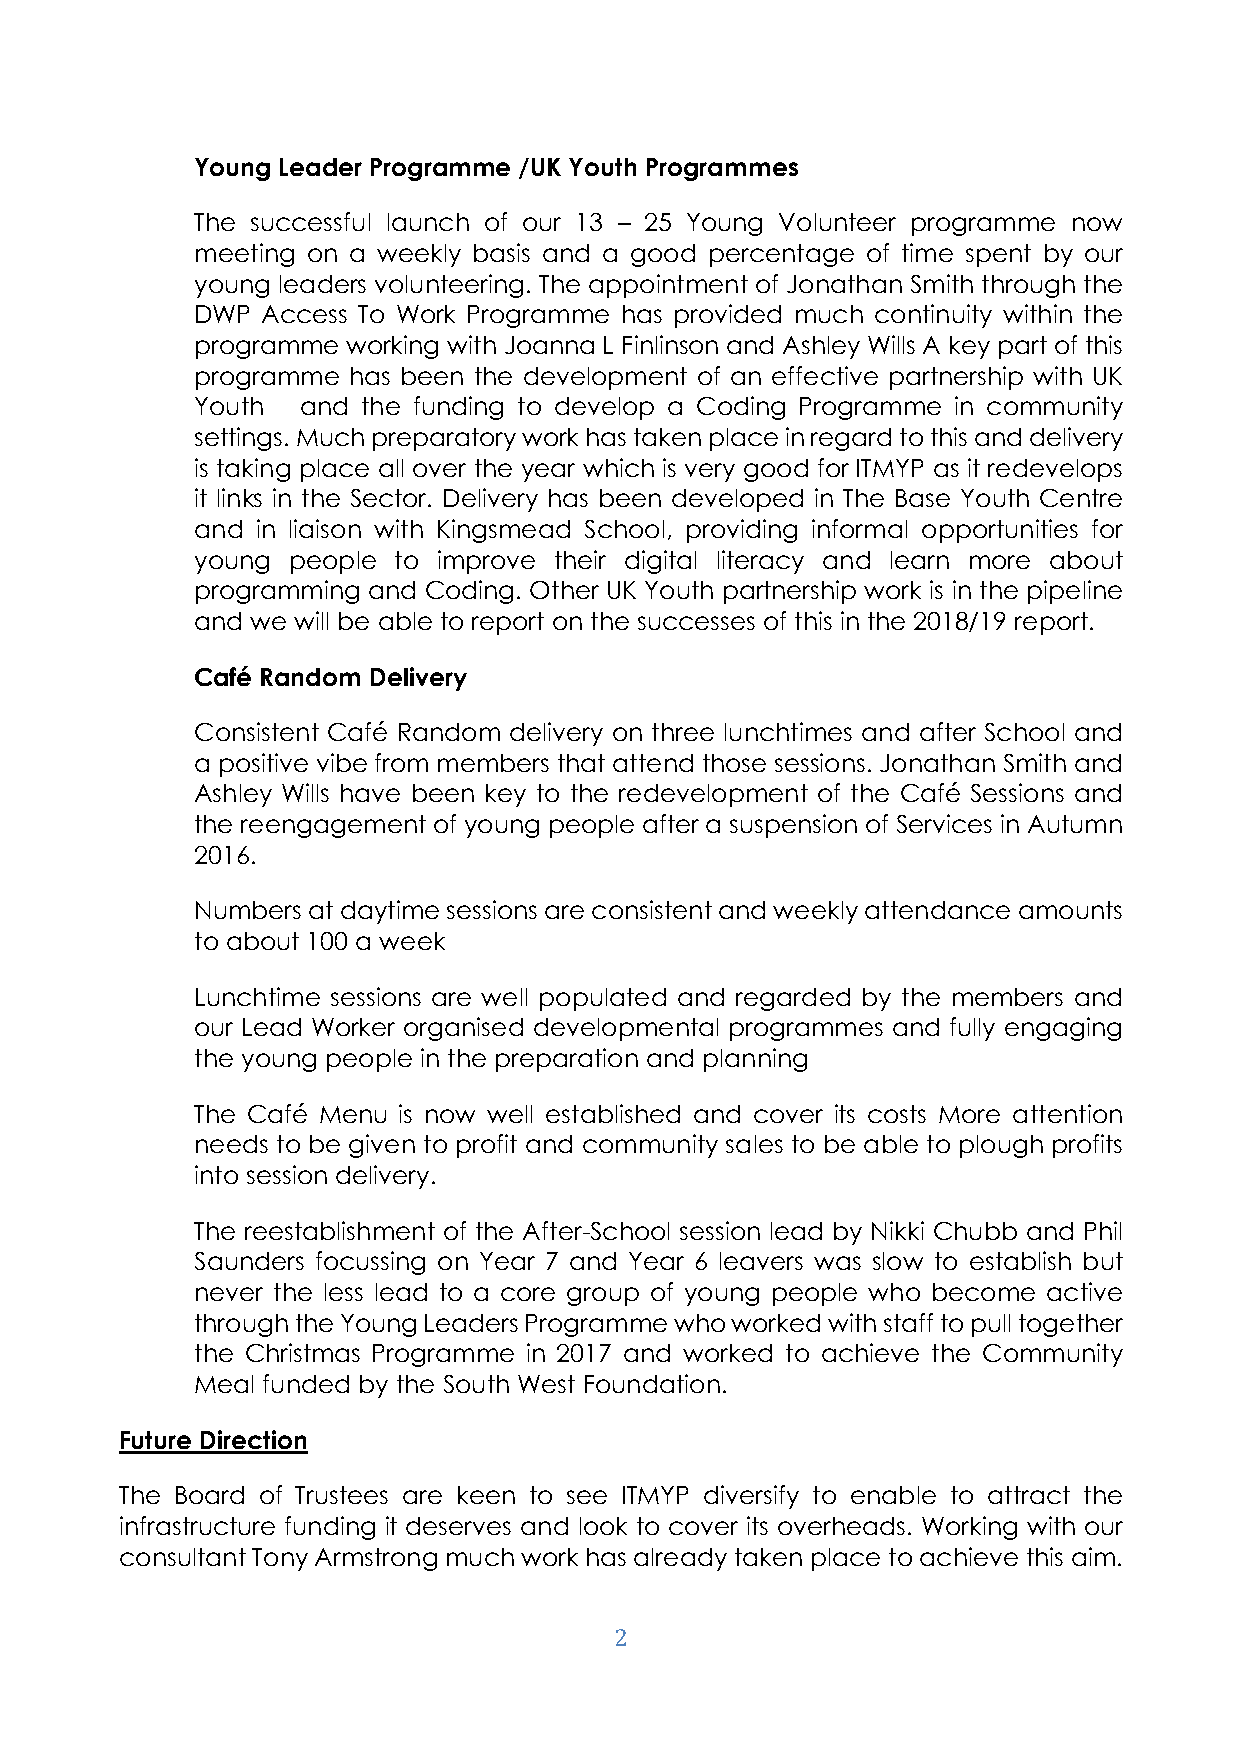
Young Leader Programme /UK Youth Programmes
 The successful launch of our 13 – 25 Young Volunteer programme now
 meeting on a weekly basis and a good percentage of time spent by our
 young leaders volunteering. The appointment of Jonathan Smith through the
 DWP Access To Work Programme has provided much continuity within the
 programme working with Joanna L Finlinson and Ashley Wills A key part of this
 programme has been the development of an effective partnership with UK
 Youth  and the funding to develop a Coding Programme in community
 settings. Much preparatory work has taken place in regard to this and delivery
 is taking place all over the year which is very good for ITMYP as it redevelops
 it links in the Sector. Delivery has been developed in The Base Youth Centre
 and in liaison with Kingsmead School, providing informal opportunities for
 young people to improve their digital literacy and learn more about
 programming and Coding. Other UK Youth partnership work is in the pipeline
 and we will be able to report on the successes of this in the 2018/19 report.
 Café Random Delivery
 Consistent Café Random delivery on three lunchtimes and after School and
 a positive vibe from members that attend those sessions. Jonathan Smith and
 Ashley Wills have been key to the redevelopment of the Café Sessions and
 the reengagement of young people after a suspension of Services in Autumn
 2016.
 Numbers at daytime sessions are consistent and weekly attendance amounts
 to about 100 a week
 Lunchtime sessions are well populated and regarded by the members and
 our Lead Worker organised developmental programmes and fully engaging
 the young people in the preparation and planning
 The Café Menu is now well established and cover its costs More attention
 needs to be given to profit and community sales to be able to plough profits
 into session delivery.
 The reestablishment of the After-School session lead by Nikki Chubb and Phil
 Saunders focussing on Year 7 and Year 6 leavers was slow to establish but
 never the less lead to a core group of young people who become active
 through the Young Leaders Programme who worked with staff to pull together
 the Christmas Programme in 2017 and worked to achieve the Community
 Meal funded by the South West Foundation.
 Future Direction
 The Board of Trustees are keen to see ITMYP diversify to enable to attract the
 infrastructure funding it deserves and look to cover its overheads. Working with our
 consultant Tony Armstrong much work has already taken place to achieve this aim.
 2